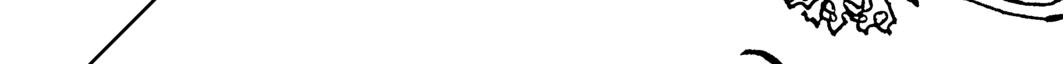
/